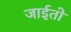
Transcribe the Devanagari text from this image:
जाईतो